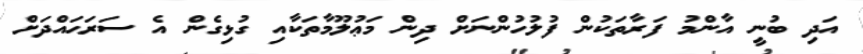
އަދި ބުނީ އާންމު ފަރާތަކުން ފުލުހުންނަށް ދިން މަޢުލޫމާތަކާއި ގުޅިގެން އެ ސަރަޙައްދަށް